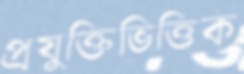
প্রযুক্তিভিত্তিক